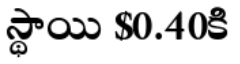
స్థాయి $0.40కి